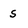
Character: s